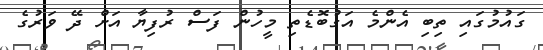
ގައުމުގައި ތިބި އެންމެ އަގުބޮޑެތި މީހުން ފަސް ރުފިޔާ އަށް ދޭ ވަރުގެ